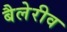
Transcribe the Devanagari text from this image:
बैलेरीव